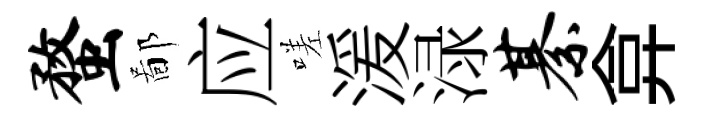
蝥鄙应嗟湲渌綦弇